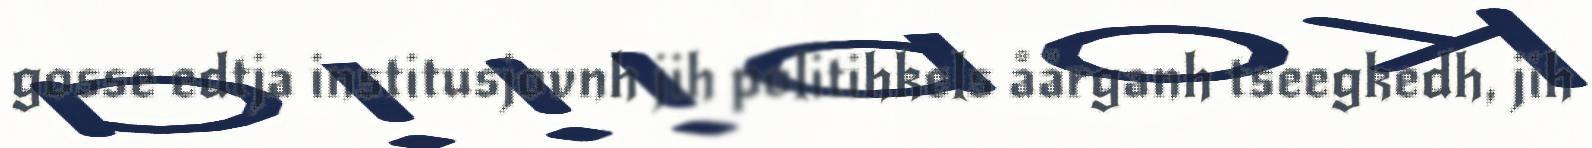
gosse edtja institusjovnh jih politihkels åårganh tseegkedh, jih